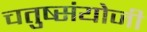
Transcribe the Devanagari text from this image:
चतुष्संयोजी